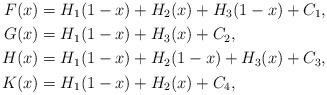
\begin{align*}F(x) & = H_1(1-x)+H_2(x)+H_3(1-x)+C_1, \\G(x) & = H_1(1-x)+H_3(x)+C_2, \\H(x) & = H_1(1-x)+H_2(1-x)+H_3(x)+C_3, \\K(x) & = H_1(1-x)+H_2(x)+C_4,\end{align*}